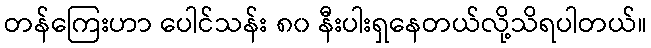
တန်ကြေးဟာ ပေါင်သန်း ၈၀ နီးပါးရှနေတယ်လို့သိရပါတယ်။